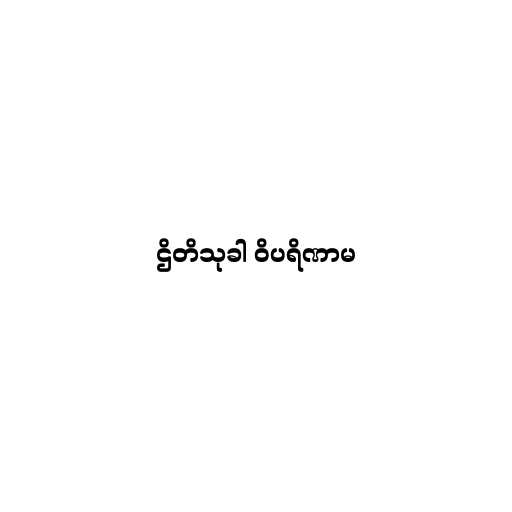
ဌိတိသုခါ ဝိပရိဏာမ